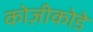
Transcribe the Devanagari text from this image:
कोज़ीकोडे